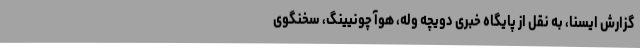
گزارش ایسنا، به نقل از پایگاه خبری دویچه وله، هوآ چونیینگ، سخنگوی